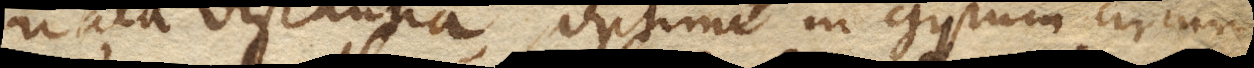
nata distantia), optime in gyrum circum–